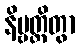
နိဗ္ဗတ္တိတွာ